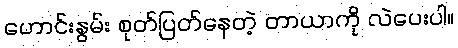
ဟောင်းနွမ်း စုတ်ပြတ်နေတဲ့ တာယာကို လဲပေးပါ။